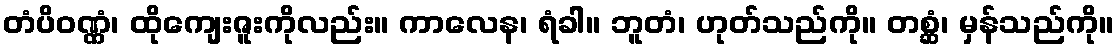
တံပိဝဏ္ဏံ၊ ထိုကျေးဇူးကိုလည်း။ ကာလေန၊ ရံခါ။ ဘူတံ၊ ဟုတ်သည်ကို။ တစ္ဆံ၊ မှန်သည်ကို။